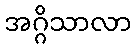
အဂ္ဂိသာလာ